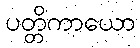
ပတ္တိကာယော